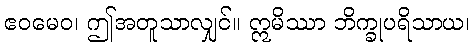
ဧဝမေဝ၊ ဤအတူသာလျှင်။ ဣမိဿာ ဘိက္ခုပရိသာယ၊